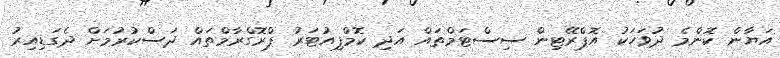
އަޔާން ކޮންމެ ދުވަހަކު އޮޕްރޭޓިން ސިސްޓަމްތައް އަދި ކޮމްޕިއުޓަރު ޕްރޮގްރާމްތައް ދަސްކުރުމަށް ދެގަޑިއިރު